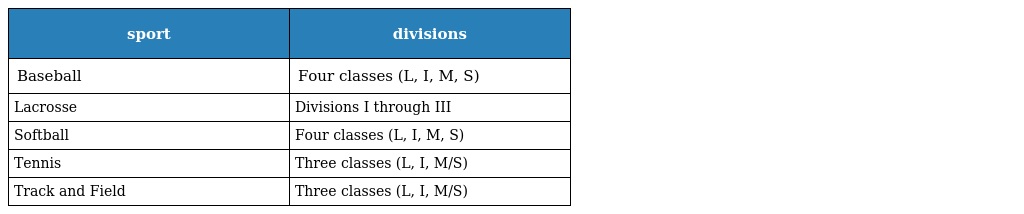
| sport | divisions |
 | --- | --- |
 | Baseball | Four classes (L, I, M, S) |
 | Lacrosse | Divisions I through III |
 | Softball | Four classes (L, I, M, S) |
 | Tennis | Three classes (L, I, M/S) |
 | Track and Field | Three classes (L, I, M/S) |